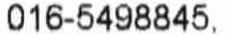
016-5498845.